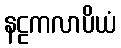
နဠကလာပိယံ